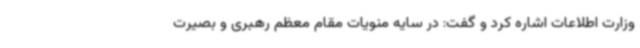
وزارت اطلاعات اشاره کرد و گفت: در سایه منویات مقام معظم رهبری و بصیرت